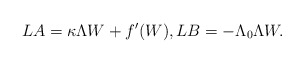
\begin{align*} LA = \kappa \Lambda W + f'(W), LB = -\Lambda_0 \Lambda W. \end{align*}